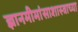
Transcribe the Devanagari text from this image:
ज्ञानमीमांसाशास्त्राच्या